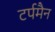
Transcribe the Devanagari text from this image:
टर्पमैन